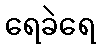
ရေခဲရေ